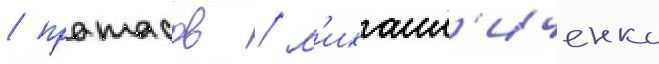
/ протасов / м'ихаил'иченко